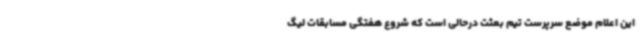
این اعلام موضع سرپرست تیم بعثت درحالی است که شروع هفتگی مسابقات لیگ